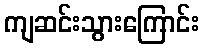
ကျဆင်းသွားကြောင်း